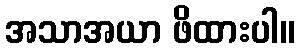
အသာအယာ ဖိထားပါ။